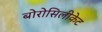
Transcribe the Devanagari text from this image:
बोरोसिलीकेट